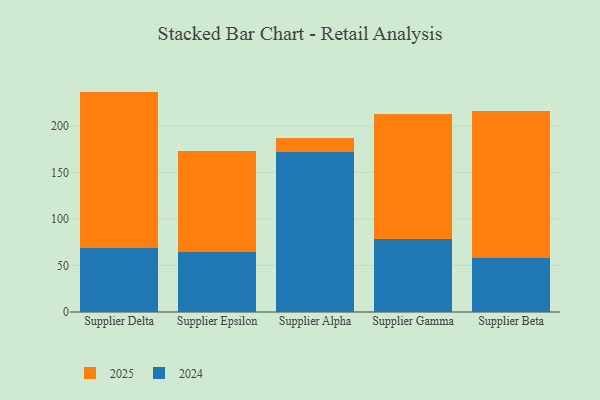
{"axis": {"x": "Supplier", "y": "Conversion Rate (%)"}, "legend": ["2024", "2025"], "data": [{"x": "Supplier Delta", "y": 168.4, "type": "2025"}, {"x": "Supplier Delta", "y": 68.7, "type": "2024"}, {"x": "Supplier Epsilon", "y": 109.3, "type": "2025"}, {"x": "Supplier Epsilon", "y": 64.1, "type": "2024"}, {"x": "Supplier Alpha", "y": 15.1, "type": "2025"}, {"x": "Supplier Alpha", "y": 172.6, "type": "2024"}, {"x": "Supplier Gamma", "y": 134.3, "type": "2025"}, {"x": "Supplier Gamma", "y": 78.3, "type": "2024"}, {"x": "Supplier Beta", "y": 158.3, "type": "2025"}, {"x": "Supplier Beta", "y": 57.9, "type": "2024"}]}